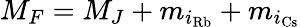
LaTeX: M_{F}=M_{J}+m_{i_{\mathrm{Rb}}}+m_{i_{\mathrm{Cs}}}